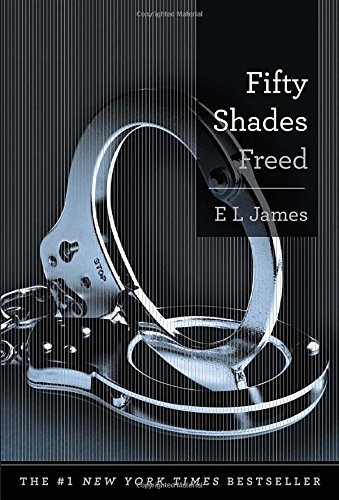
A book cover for Fifty Shades Freed: Book Three of the Fifty Shades Trilogy (Fifty Shades of Grey Series); E L James; Romance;